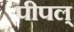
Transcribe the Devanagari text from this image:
पीपल्